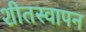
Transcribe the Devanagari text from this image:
शीतस्वापन